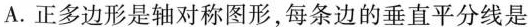
A.正多边形是轴对称图形，每条边的垂直平分线是